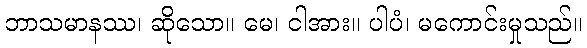
ဘာသမာနဿ၊ ဆိုသော။ မေ၊ ငါအား။ ပါပံ၊ မကောင်းမှုသည်။